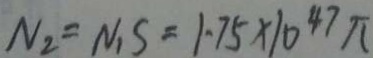
N _ { 2 } = N _ { 1 } S = 1 . 7 5 \times 1 0 ^ { 4 7 } \pi